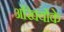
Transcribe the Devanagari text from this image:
अंखियोंके